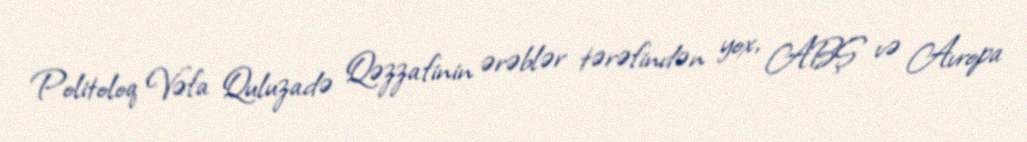
Politoloq Vəfa Quluzadə Qəzzafinin ərəblər tərəfindən yox, ABŞ və Avropa